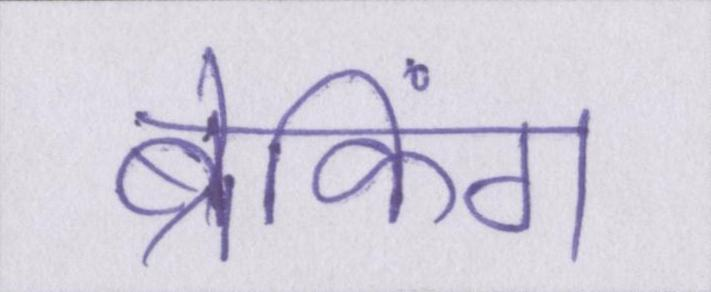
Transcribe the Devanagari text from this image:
ब्रेकिंग